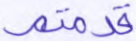
قدمتم